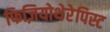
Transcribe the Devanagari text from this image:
फिज़ियोथेरेपिस्ट